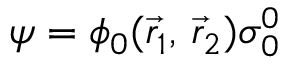
{ \boldsymbol { \psi } } = \phi _ { 0 } ( { \vec { r } } _ { 1 } , \, { \vec { r } } _ { 2 } ) { \boldsymbol { \sigma } } _ { 0 } ^ { 0 }